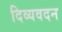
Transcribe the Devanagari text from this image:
दिव्यवदन